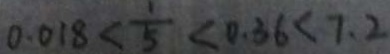
0 . 0 1 8 < \frac { 1 } { 5 } < 0 . 3 6 < 7 . 2